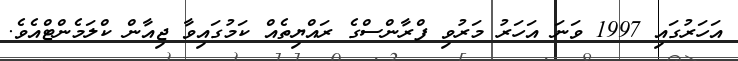
އަހަރުގައި 1997 ވަނަ އަހަރު މަރުވި ފްރާންސްގެ ރައްޔިތެއް ކަމުގައިވާ ޖިއާން ކްލަމެންޓްއެވެ.